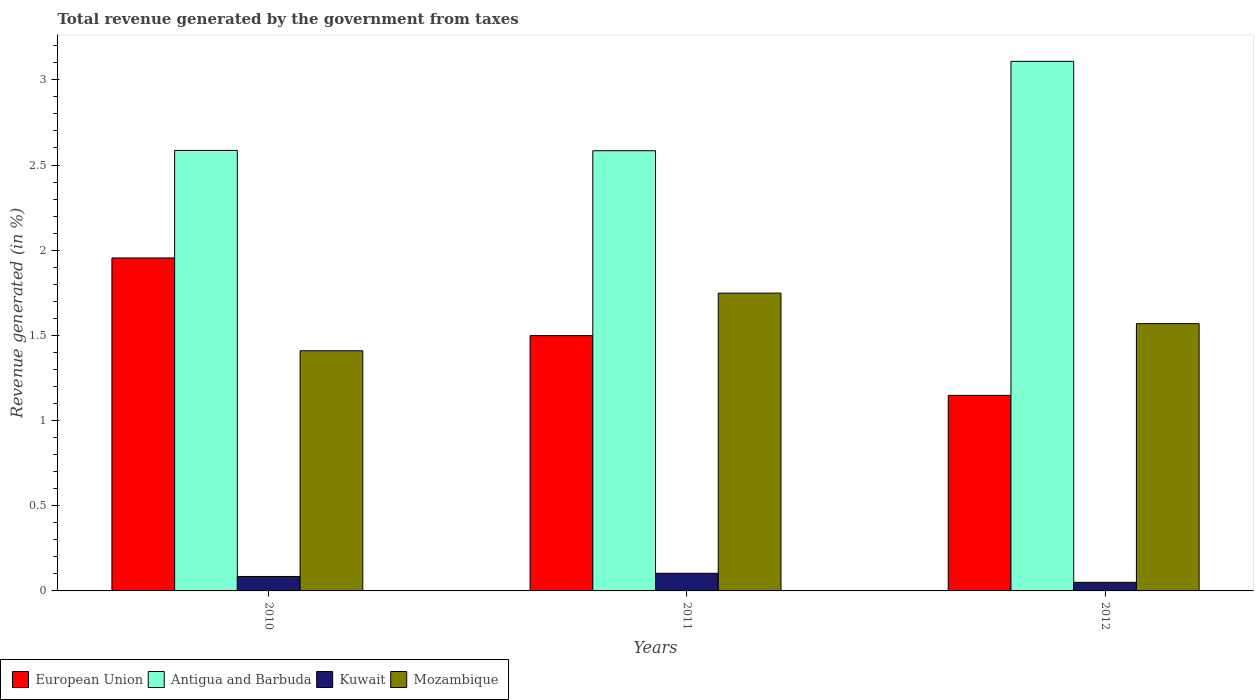
| Years | European Union | Antigua and Barbuda | Kuwait | Mozambique |
 | --- | --- | --- | --- | --- |
 | 2010 | 1.95 | 2.59 | 0.0847 | 1.41 |
 | 2011 | 1.5 | 2.58 | 0.104 | 1.75 |
 | 2012 | 1.15 | 3.11 | 0.0505 | 1.57 |